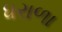
ધરાળા